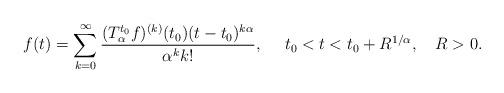
LaTeX: \begin{align*}f(t)= \sum_{k=0}^\infty \frac {(T_\alpha^{t_0}f)^{(k)}(t_0)(t-t_0)^{k \alpha}}{\alpha^k k!},~~~~t_0<t<t_0+R^{1/\alpha},~~~R>0.\end{align*}